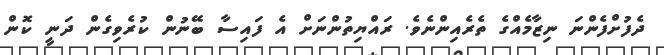
ދެފުށްފެންނަ ނިޒާމެއްގެ ތެރެއިންނެވެ. ރައްޔިތުންނަށް އެ ފައިސާ ބޭނުން ކުރެވިގެން ދަނީ ކޮން